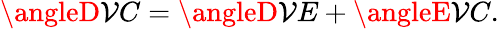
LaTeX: \angleD\mathcal{V}C=\angleD\mathcal{V}E+\angleE\mathcal{V}C.